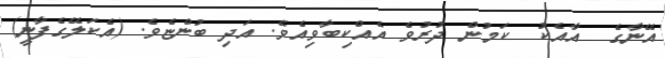
އޭނާގެ  އާއެކު  ކަމުން ދުރުވެ އެއްކިބާވިއެވެ. އަދި ބުންޏެވެ. (އެކަލޭގެފާނީ)